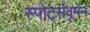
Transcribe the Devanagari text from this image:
स्पोर्ट्सवूमेन